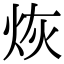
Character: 烣